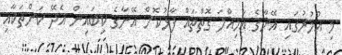
މި އުމުރުގައި އޭނާގެ އަމިއްލަ ގޮތްތައް ފާޅުކޮށް އޭނާގެ ކިބައިން އެދޭ ކަންތަކާއި